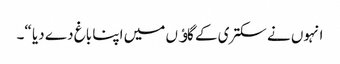
انہوں نے سکتری کے گاﺅں میں اپنا باغ دے دیا “۔